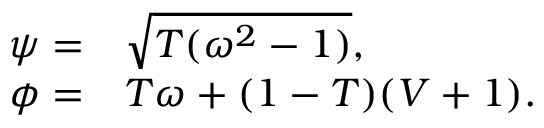
\begin{array} { r l } { \psi = } & { { } \sqrt { T ( \omega ^ { 2 } - 1 ) } , } \\ { \phi = } & { { } T \omega + ( 1 - T ) ( V + 1 ) . } \end{array}